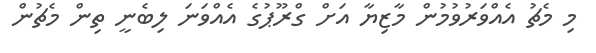
މި މެޗު އެއްވަރުވުމުން މާޒިޔާ އަށް ގްރޫޕުގެ އެއްވަނަ ލިބެނީ ތިން މެޗުން